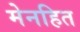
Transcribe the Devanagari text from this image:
मेनहित